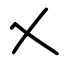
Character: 乂